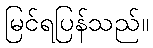
မြင်ရပြန်သည်။